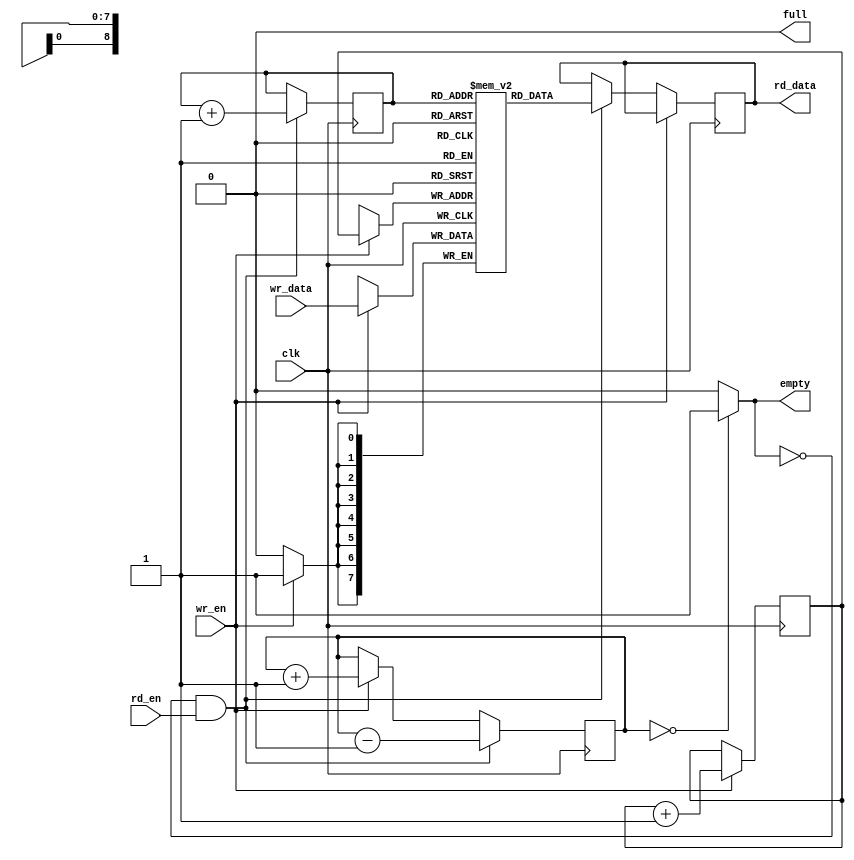
`timescale 1ns / 1ps
//////////////////////////////////////////////////////////////////////////////////
// Company: 
// Engineer: 
// 
// Design Name: 
// Module Name: fifo
// Project Name: 
// Target Devices: 
// Tool Versions: 
// Description: 
// 
// Dependencies: 
// 
// Revision:
// Revision 0.01 - File Created
// Additional Comments:
// 
//////////////////////////////////////////////////////////////////////////////////


module fifo (input clk,
input rd_en,
input wr_en,
input [7:0] wr_data,
//output [2:0] elements,
//output [2:0] ptr_value,
//output [2:0] wr_ptr_value,
//output [3:0] ele,
output  full,
output  empty,
output reg [7:0] rd_data);

reg r_empty=1'b1;
reg r_full=1'b0;
reg [8:0] rd_ptr=0;
reg [8:0] wr_ptr=0;
reg [8:0] elements=0;
//(* syn_romstyle = "block_rom" *) 
reg [7:0] mem[511:0];
//reg [7:0] rd_data;
always @(elements)
begin
    r_empty <= (elements==0 )?1:0;
    r_full <= (elements==512)?1:0;

end     
always @(posedge clk)
begin
 if (!r_empty && rd_en)
    begin
    rd_ptr<=rd_ptr+1;
    end
 else
 begin 
 rd_ptr<=rd_ptr;
 end
 
 if (!r_full && wr_en)
    begin
    wr_ptr<=wr_ptr+1;
    end
  else
  begin 
  wr_ptr<=wr_ptr;
  end
end

always @(posedge clk)
begin 
    if (!r_empty && rd_en)
    begin 
        elements<=elements-1;
//        rd_ptr<=rd_ptr+1;
    end
    else if (!r_full && wr_en)
    begin 
        elements<=elements+1;
//        wr_ptr<=wr_ptr+1;
    end
    else
    begin
    elements<=elements;
    end
end


always @(posedge clk )
begin
    if(!r_full && wr_en)
    begin 
        mem[wr_ptr]<=wr_data;
    end
    else if (!r_empty && rd_en)
    begin
        rd_data<=mem[rd_ptr];  
    end
   
end



//assign rd_data=temp_data;
assign full=r_full;
assign empty=r_empty;


endmodule